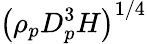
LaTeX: \left(\rho_{p}D_{p}^{3}H\right)^{1/4}